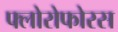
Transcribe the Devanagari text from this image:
फ्लोरोफोरस